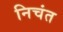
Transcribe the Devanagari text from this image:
निचंत